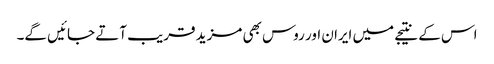
اس کے نتیجے میں ایران اور روس بھی مزید قریب آتے جائیں گے۔